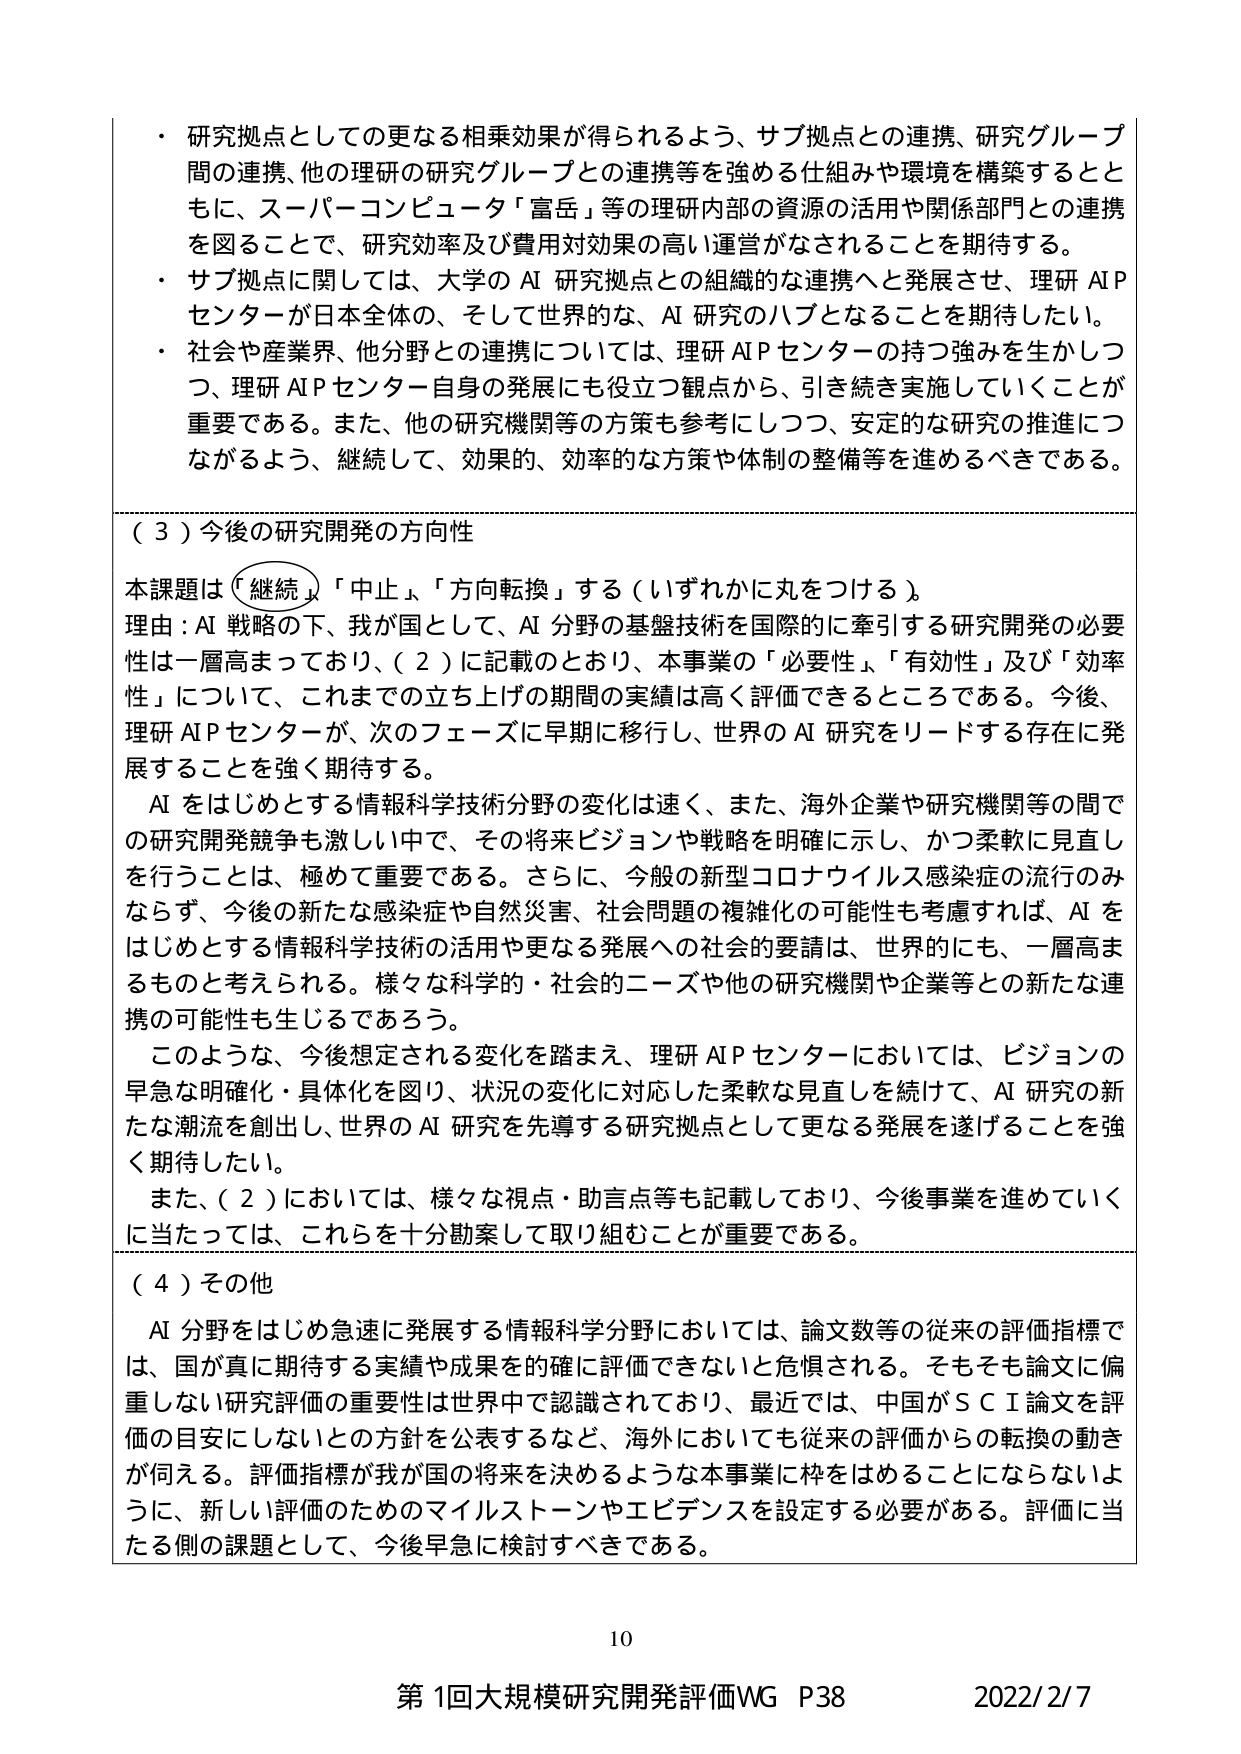
・研究拠点としての更なる相乗効果が得られるよう、サブ拠点との連携、研究グループ間の連携、他の理研の研究グループとの連携等を強める仕組みや環境を構築するとともに、スーパーコンピュータ「富岳」等の理研内部の資源の活用や関係部門との連携を図ることで、研究効率及び費用対効果の高い運営がなされることを期待する。

・サブ拠点に関しては、大学のAI研究拠点との組織的な連携へと発展させ、理研AIPセンターが日本全体の、そして世界的な、AI研究のハブとなることを期待したい。

・社会や産業界、他分野との連携については、理研AIPセンターの持つ強みを生かしつつ、理研AIPセンター自身の発展にも役立つ観点から、引き続き実施していくことが重要である。また、他の研究機関等の方策も参考にしつつ、安定的な研究の推進につながるよう、継続して、効果的、効率的な方策や体制の整備等を進めるべきである。

（３）今後の研究開発の方向性

本課題は「継続」「中止」「方向転換」する（いずれかに丸をつける）。

理由：AI戦略の下、我が国として、AI分野の基盤技術を国際的に牽引する研究開発の必要性は一層高まっており、（２）に記載のとおり、本事業の「必要性」「有効性」及び「効率性」について、これまでの立ち上げの期間の実績は高く評価できるところである。今後、理研AIPセンターが、次のフェーズに早期に移行し、世界のAI研究をリードする存在に発展することを強く期待する。

AIをはじめとする情報科学技術分野の変化は速く、また、海外企業や研究機関等の間での研究開発競争も激しい中で、その将来ビジョンや戦略を明確に示し、かつ柔軟に見直しを行うことは、極めて重要である。さらに、今般の新型コロナウイルス感染症の流行のみならず、今後の新たな感染症や自然災害、社会問題の複雑化の可能性も考慮すれば、AIをはじめとする情報科学技術の活用や更なる発展への社会的要請は、世界的にも、一層高まるものと考えられる。様々な科学的・社会的ニーズや他の研究機関や企業等との新たな連携の可能性も生じるであろう。

このような、今後想定される変化を踏まえ、理研AIPセンターにおいては、ビジョンの早急な明確化・具体化を図り、状況の変化に対応した柔軟な見直しを続けて、AI研究の新たな潮流を創出し、世界のAI研究を先導する研究拠点として更なる発展を遂げることを強く期待したい。

また、（２）においては、様々な視点・助言点等も記載しており、今後事業を進めていくに当たっては、これらを十分勘案して取り組むことが重要である。

（４）その他

AI分野をはじめ急速に発展する情報科学分野においては、論文数等の従来の評価指標では、国が真に期待する実績や成果を的確に評価できないと危惧される。そもそも論文に偏重しない研究評価の重要性は世界中で認識されており、最近では、中国がSCI論文を評価の目安にしないとの方針を公表するなど、海外においても従来の評価からの転換の動きが伺える。評価指標が我が国の将来を決めるような本事業に枠をはめることにならないように、新しい評価のためのマイルストーンやエビデンスを設定する必要がある。評価に当たる側の課題として、今後早急に検討すべきである。

10

第1回大規模研究開発評価WG P38 2022/2/7